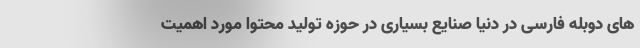
های دوبله فارسی در دنیا صنایع بسیاری در حوزه تولید محتوا مورد اهمیت